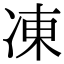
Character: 凍